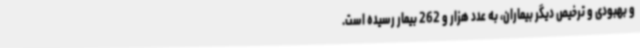
و بهبودی و ترخیص دیگر بیماران، به عدد هزار و 262 بیمار رسیده است.